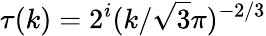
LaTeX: \tau(k)=2^{i}(k/\sqrt{3}\pi)^{-2/3}